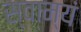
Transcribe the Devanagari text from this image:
स्वाम्यं